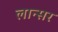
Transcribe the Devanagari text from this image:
लान्सर